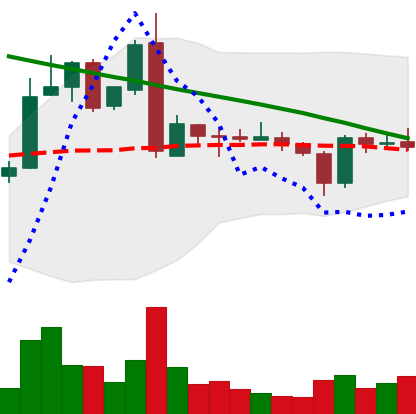
Ticker: ADA-USD
Chart end date: 2019-03-08
Forward return: 9.202%
Label: up_7plus